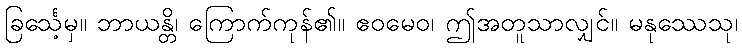
ခြင်္သေ့မှ။ ဘာယန္တိ၊ ကြောက်ကုန်၏။ ဧဝမေဝ၊ ဤအတူသာလျှင်။ မနုဿေသု၊